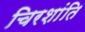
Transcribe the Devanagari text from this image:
चिरशांति